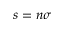
s = n \sigma